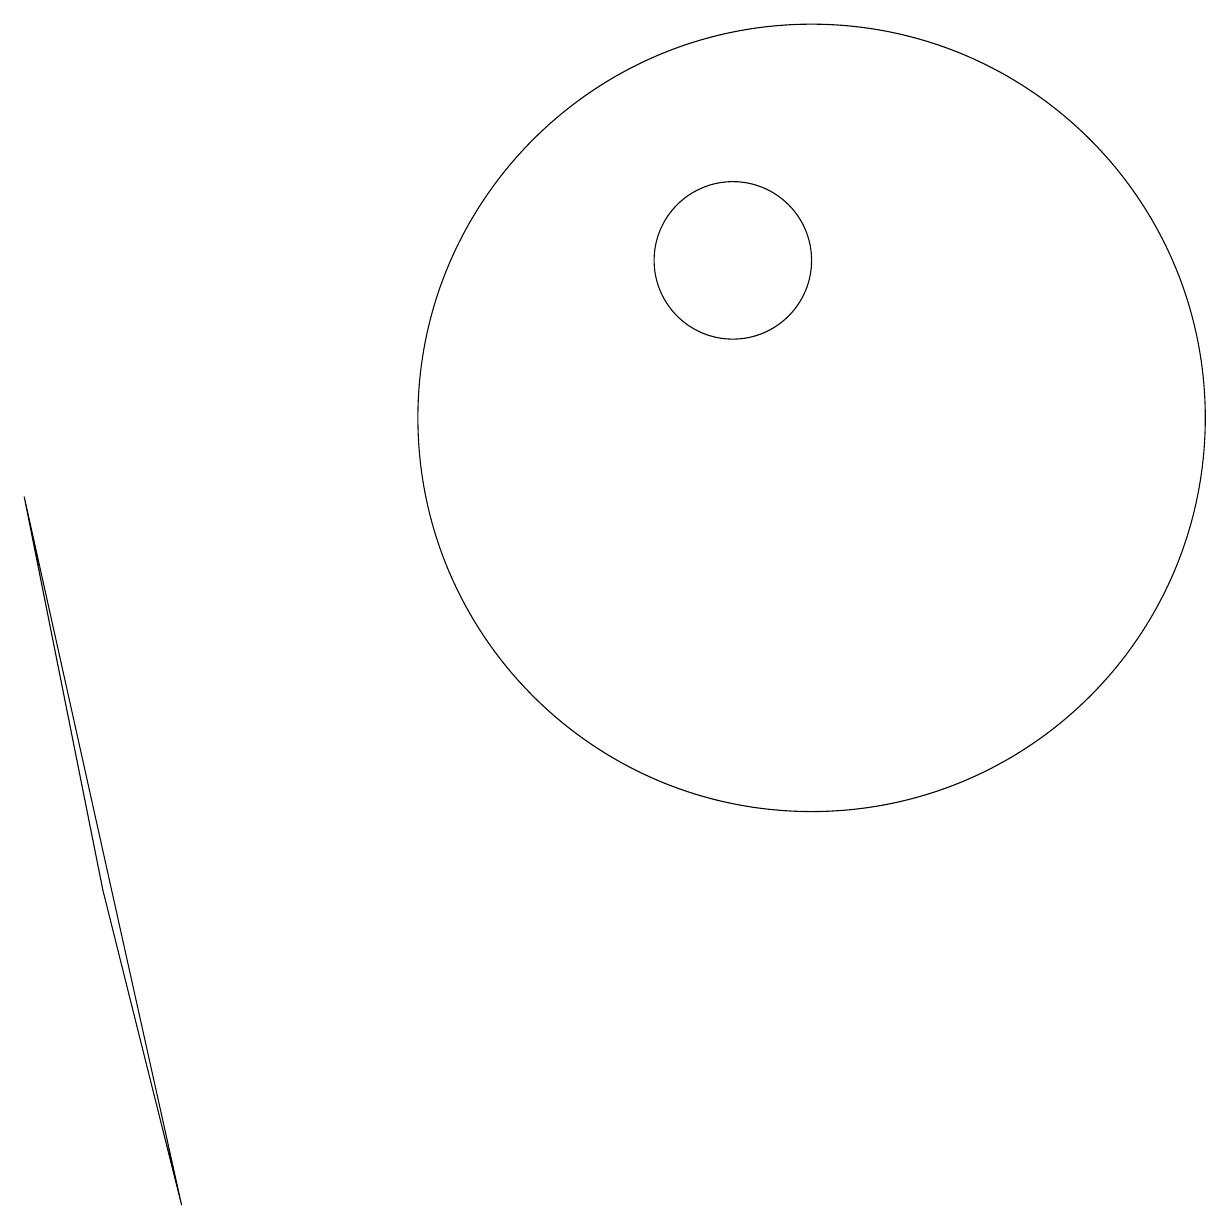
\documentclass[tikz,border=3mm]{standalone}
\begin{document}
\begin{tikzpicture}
\draw (10,12) circle (1);
\draw (11,10) circle (5);
\draw (3,0) -- (1,9) -- (2,4) -- cycle;
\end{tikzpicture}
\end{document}